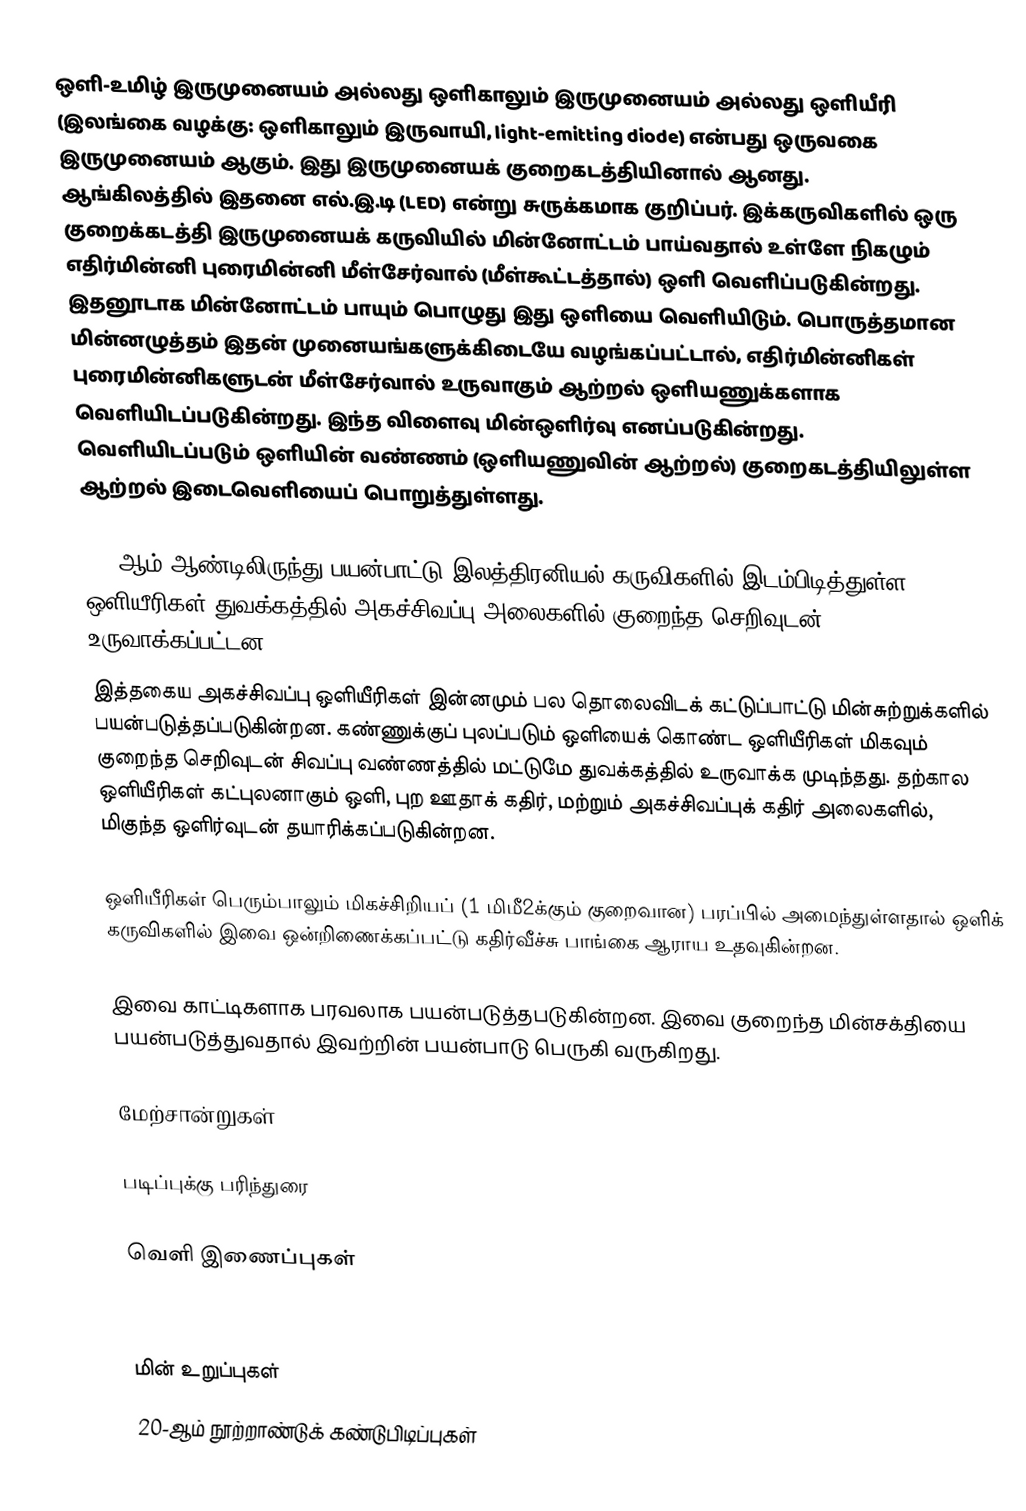
ஒளி-உமிழ் இருமுனையம் அல்லது ஒளிகாலும் இருமுனையம் அல்லது ஒளியீரி (இலங்கை வழக்கு: ஒளிகாலும் இருவாயி, light-emitting diode) என்பது ஒருவகை இருமுனையம் ஆகும். இது இருமுனையக் குறைகடத்தியினால் ஆனது. ஆங்கிலத்தில் இதனை எல்.இ.டி (LED) என்று சுருக்கமாக குறிப்பர். இக்கருவிகளில் ஒரு குறைக்கடத்தி இருமுனையக் கருவியில் மின்னோட்டம் பாய்வதால் உள்ளே நிகழும் எதிர்மின்னி புரைமின்னி மீள்சேர்வால் (மீள்கூட்டத்தால்) ஒளி வெளிப்படுகின்றது. இதனூடாக மின்னோட்டம் பாயும் பொழுது இது ஒளியை வெளியிடும். பொருத்தமான  மின்னழுத்தம் இதன் முனையங்களுக்கிடையே வழங்கப்பட்டால், எதிர்மின்னிகள் புரைமின்னிகளுடன் மீள்சேர்வால் உருவாகும் ஆற்றல்  ஒளியணுக்களாக வெளியிடப்படுகின்றது. இந்த விளைவு  மின்ஒளிர்வு எனப்படுகின்றது. வெளியிடப்படும் ஒளியின் வண்ணம் (ஒளியணுவின்  ஆற்றல்) குறைகடத்தியிலுள்ள ஆற்றல் இடைவெளியைப் பொறுத்துள்ளது.

1962ஆம் ஆண்டிலிருந்து பயன்பாட்டு இலத்திரனியல் கருவிகளில் இடம்பிடித்துள்ள ஒளியீரிகள் துவக்கத்தில் அகச்சிவப்பு அலைகளில் குறைந்த செறிவுடன் உருவாக்கப்பட்டன.
இத்தகைய அகச்சிவப்பு ஒளியீரிகள் இன்னமும் பல தொலைவிடக் கட்டுப்பாட்டு மின்சுற்றுக்களில் பயன்படுத்தப்படுகின்றன. கண்ணுக்குப் புலப்படும் ஒளியைக் கொண்ட ஒளியீரிகள் மிகவும் குறைந்த செறிவுடன் சிவப்பு வண்ணத்தில் மட்டுமே துவக்கத்தில் உருவாக்க முடிந்தது. தற்கால ஒளியீரிகள் கட்புலனாகும் ஒளி, புற ஊதாக் கதிர், மற்றும் அகச்சிவப்புக் கதிர் அலைகளில், மிகுந்த  ஒளிர்வுடன் தயாரிக்கப்படுகின்றன.

ஒளியீரிகள் பெரும்பாலும் மிகச்சிறியப் (1 மிமீ2க்கும் குறைவான) பரப்பில் அமைந்துள்ளதால் ஒளிக் கருவிகளில் இவை ஒன்றிணைக்கப்பட்டு கதிர்வீச்சு பாங்கை ஆராய உதவுகின்றன.

இவை காட்டிகளாக பரவலாக பயன்படுத்தபடுகின்றன. இவை குறைந்த மின்சக்தியை பயன்படுத்துவதால் இவற்றின் பயன்பாடு பெருகி வருகிறது.

மேற்சான்றுகள்

படிப்புக்கு பரிந்துரை

வெளி இணைப்புகள்

மின் உறுப்புகள்
20-ஆம் நூற்றாண்டுக் கண்டுபிடிப்புகள்